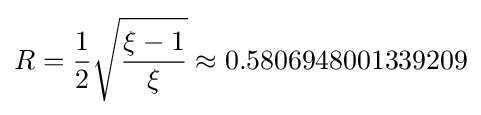
R={\frac {1}{2}}{\sqrt {\frac {\xi -1}{\xi }}}\approx 0.5806948001339209